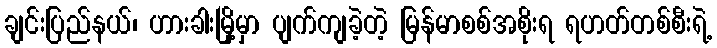
ချင်းပြည်နယ်၊ ဟားခါးမြို့မှာ ပျက်ကျခဲ့တဲ့ မြန်မာစစ်အစိုးရ ရဟတ်တစ်စီးရဲ့